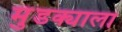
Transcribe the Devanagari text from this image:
मुंडक्याला